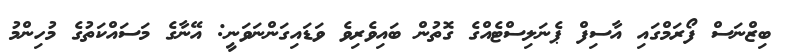
ބިޒްނަސް ފޯރަމްގައި އާސިފް ޕެނަލިސްޓެއްގެ ގޮތުން ބައިވެރިވެ ވަޑައިގަންނަވަނީ: އޭނާގެ މަސައްކަތުގެ މުހިންމު